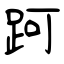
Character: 跒